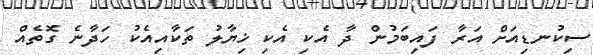
ސިކުނޑިއަށް އަރާ ފައިބަމުން ދާ އެކި އެކި ޚިޔާލު ތަކާއިއެކު ހަދާނެ ގޮތެއް